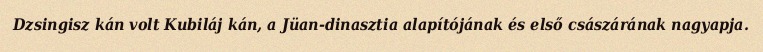
Dzsingisz kán volt Kubiláj kán, a Jüan-dinasztia alapítójának és első császárának nagyapja.